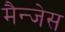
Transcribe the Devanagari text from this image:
मैन्जेस